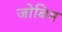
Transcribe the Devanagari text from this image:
जोबिम